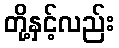
တို့နှင့်လည်း